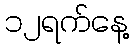
၁၂ရက်နေ့